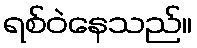
ရစ်ဝဲနေသည်။